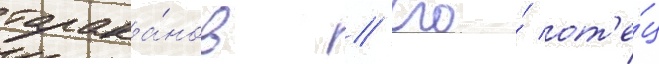
тарака́нов // Его́ от'е́ц